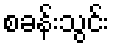
စခန်းသွင်း